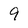
Character: 9